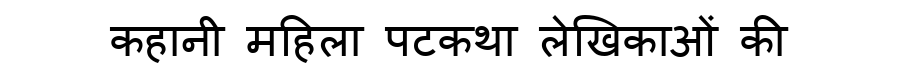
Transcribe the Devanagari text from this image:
कहानी महिला पटकथा लेखिकाओं की